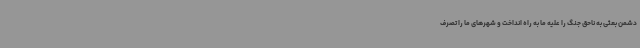
دشمن بعثی به ناحق جنگ را علیه ما به راه انداخت و شهرهای ما را تصرف